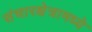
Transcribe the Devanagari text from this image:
संचारक्षेत्रामध्ये